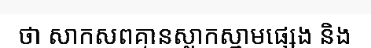
ថា សាកសពគ្មានស្លាកស្នាមផ្សេង និង